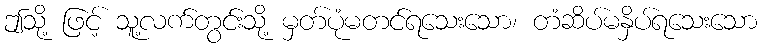
ဤသို့ ဖြင့် သူ့လက်တွင်းသို့ မှတ်ပုံမတင်ရသေးသော၊ တံဆိပ်မနှိပ်ရသေးသော